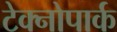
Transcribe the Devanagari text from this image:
टेक्नोपार्क